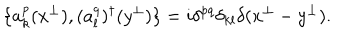
\{ a _ { k } ^ { p } ( x ^ { \perp } ) , ( a _ { l } ^ { q } ) ^ { \dagger } ( y ^ { \perp } ) \} = i \delta ^ { p q } \delta _ { k l } \delta ( x ^ { \perp } - y ^ { \perp } ) .